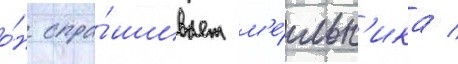
о́н спра́шивает м'е́льн'ика /